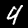
Digit: 4